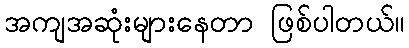
အကျအဆုံးများနေတာ ဖြစ်ပါတယ်။